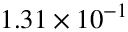
1 . 3 1 \times 1 0 ^ { - 1 }